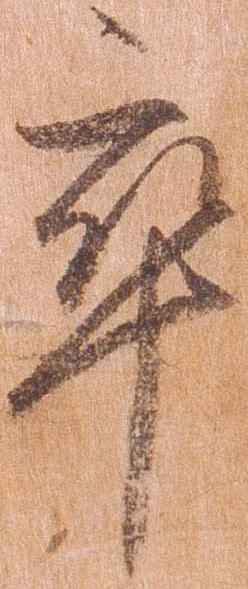
卒